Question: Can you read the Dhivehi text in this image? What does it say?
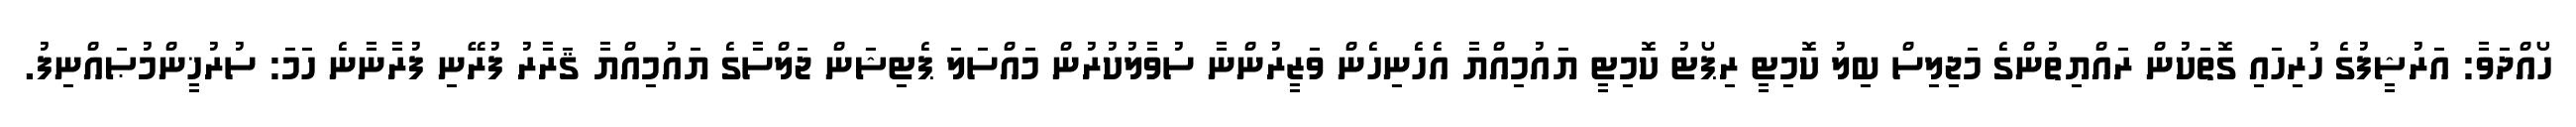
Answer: ހޯއްދަވާ: އަރުޝީފުގެ ހުރިހައި ގޮތަކުން ރައްޔިތުންގެ މަޖިލިސް ބިލު ކޮމިޓީ ރިޕޯޓު ކޮމިޓީ ޔައުމިއްޔާ އެހެނިހެން ވަޒީރުންނާ ސުވާލުކުރުން މައްސަލަ ޕެޓިޝަން ޖަލްސާގެ ޔައުމިއްޔާ ޤަރާރު ފުރޭނި ފުރާނާނެ ހަމަ: ސުރުޚީންމުޞައްނިފު.